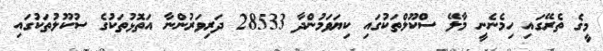
މީގެ ތެރޭގައި ހިމެނެނީ މާލޭ ސްކޫލްތަކުގައި ކިޔަވަމުންދާ 28533 ދަރިވަރުންނާ އަތޮޅުތަކުގެ ސުކޫލުތަކުގައި